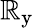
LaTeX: \mathbb{R}_{\mathrm{{y}}}